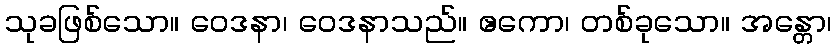
သုခဖြစ်သော။ ဝေဒနာ၊ ဝေဒနာသည်။ ဧကော၊ တစ်ခုသော။ အန္တော၊